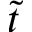
\widetilde t